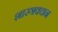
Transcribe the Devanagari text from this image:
शास्त्रवचन